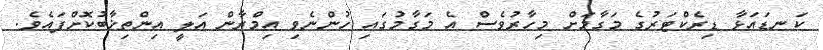
ކަނޑައަޅާ ޑިރެކްޓަރުގެ މަގާމަށް މިހާރުވެސް އެ މަގާމުގައި ހުންނެވި އިމްރާން އަލީ އިންތިޚާބުކޮށްފައެވެ.